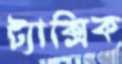
ট্যাক্সিক